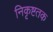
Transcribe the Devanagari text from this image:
निकृष्टतक